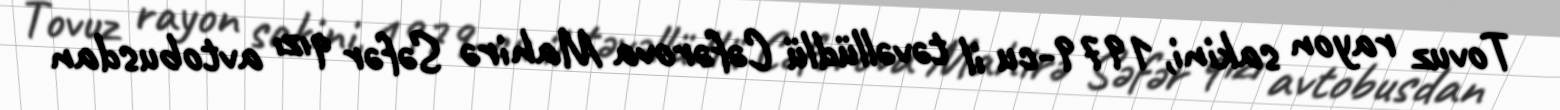
Tovuz rayon sakini, 1979-cu il təvəllüdlü Cəfərova Mahirə Səfər qızı avtobusdan